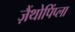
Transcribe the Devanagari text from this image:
ज़ैंथोपिंप्ला